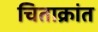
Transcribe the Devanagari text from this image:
चिताक्रांत